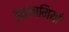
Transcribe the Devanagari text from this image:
इंतजामियां